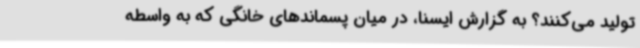
تولید می‌کنند؟ به گزارش ایسنا، در میان پسماندهای خانگی که به واسطه